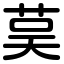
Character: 茣